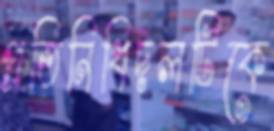
প্রতিনিধিদলটিকে